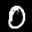
Label: 0